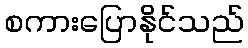
စကားပြောနိုင်သည်